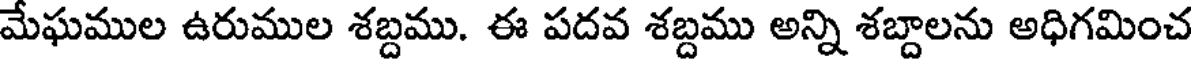
మేఘముల ఉరుముల శబ్దము. ఈ పదవ శబ్దము అన్ని శబ్దాలను అధిగమించ